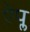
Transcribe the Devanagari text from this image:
ऐप्ल